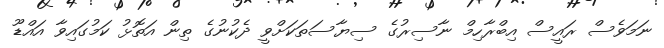
ނަމަވެސް ރައީސް އިބްރާހިމް ނާސިރުގެ ސިޔާސަތަކަށްވީ ދެކުނުގެ ތިން އަތޮޅު ކަމުގައިވާ އައްޑޫ